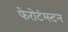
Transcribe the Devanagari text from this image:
फेरोटंग्स्टन